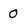
Character: o